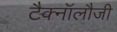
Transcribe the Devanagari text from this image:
टैक्नॉलौजी